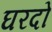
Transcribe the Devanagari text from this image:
घरदो